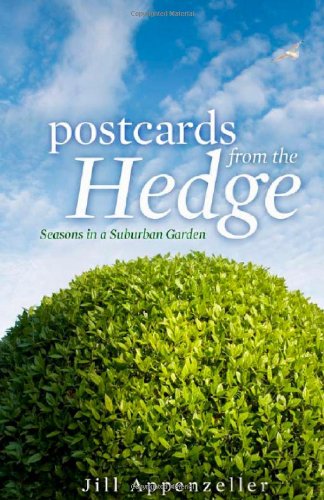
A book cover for Postcards From the Hedge: Seasons in a Suburban Garden; Jill Appenzeller; Crafts, Hobbies & Home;